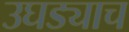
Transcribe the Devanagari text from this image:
उघड्याच